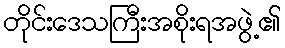
တိုင်းဒေသကြီးအစိုးရအဖွဲ့၏